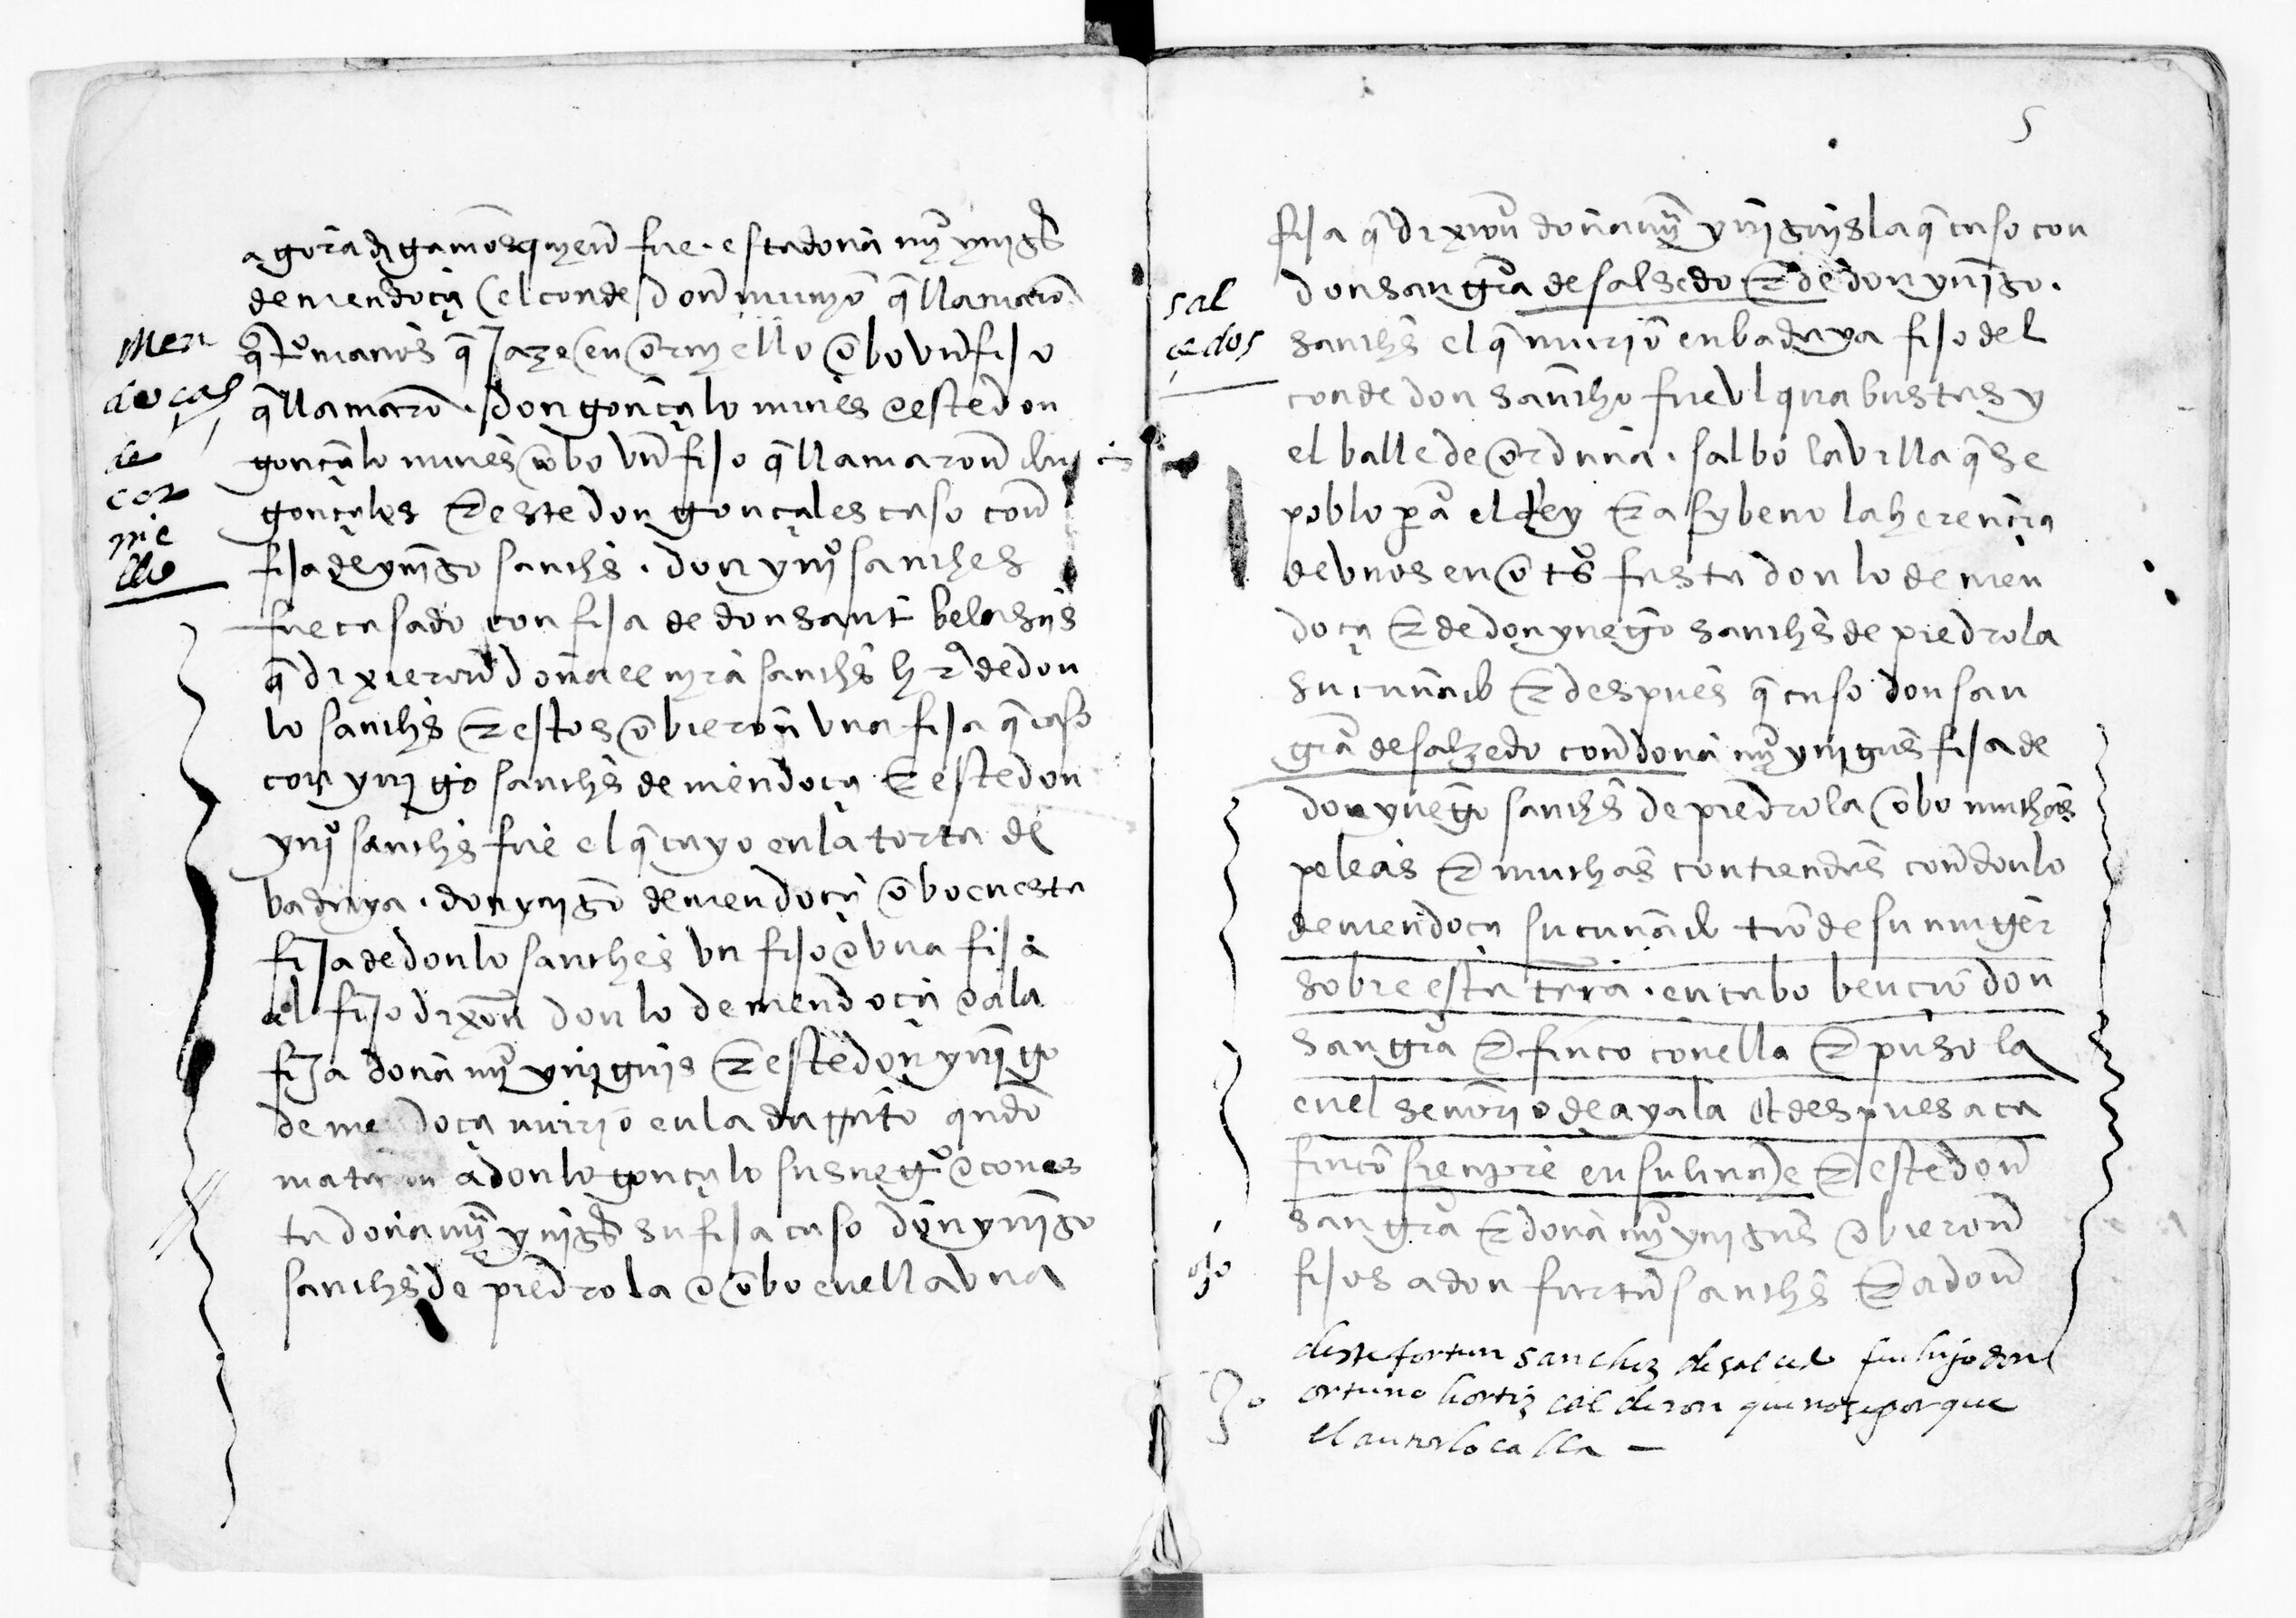
Shelfmark: Paris, BnF, esp. 285
Century: 15